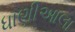
ધાણીઆલા